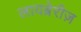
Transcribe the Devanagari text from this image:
लायब्रेरीज़